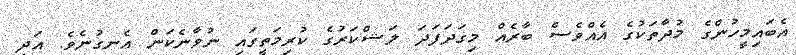
އެބައިމީހުންގެ މުދާތަކުގެ އެއްވެސް ބާރެއް މިގަދަފަދަ ލަޝްކަރުގެ ކުރިމަތީގައި ނުވާނެކަން އެނގުނެވެ. އަދި